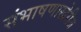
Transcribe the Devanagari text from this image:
संभाषणाखेरीज